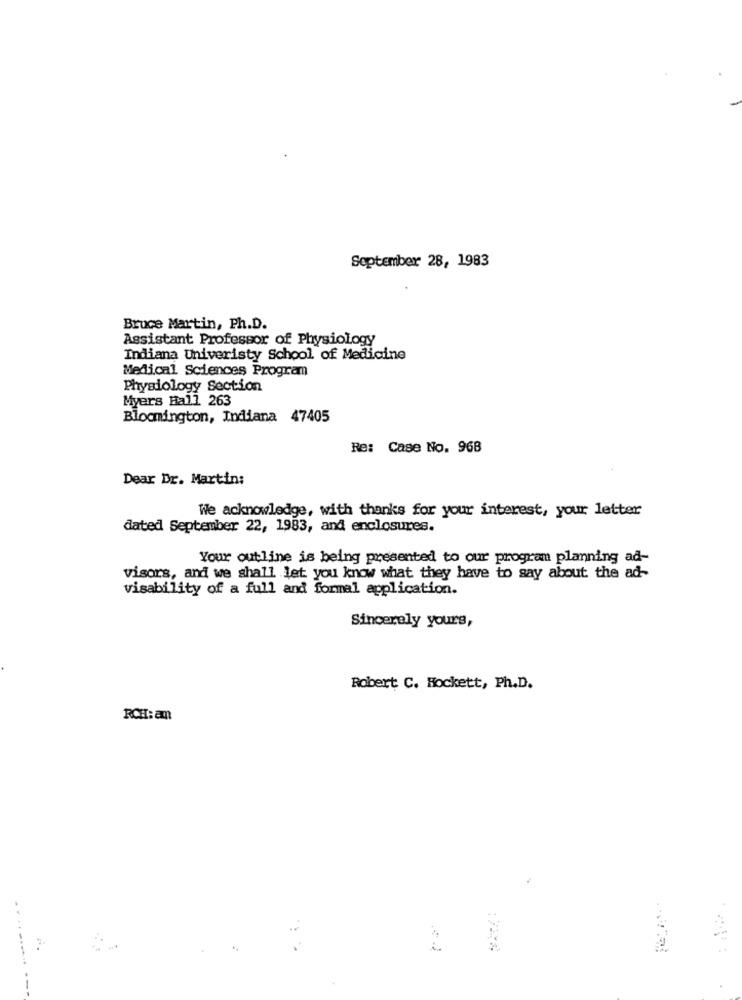
September 28, 1983
Bruce Martin, Ph.D.
Assistant Professor of Physiology
Indiana Univeristy School of Medicine
Medical Sciences Program
Physiology Section
Myers Hall 263
Bloomington, Indiana 47405
Re: Case No. 968
Dear Dr. Martin:
We acknowledge, with thanks for your interest, your letter
dated September 22, 1983, and enclosures.
Your outline is being presented to our program planning ad-
visors, and we shall let you know what they have to say about the ad-
visability of a full and formal application.
Sincerely yours,
Robert C. Hockett, Ph.D.
RCH: am